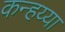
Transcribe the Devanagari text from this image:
कन्हय्या